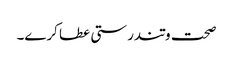
صحت وتندرستی عطا کرے۔